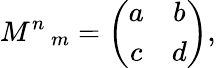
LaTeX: M^{n}\, _{m}=\left(\begin{array}{cc}{{a}}&{{b}}\\ {{c}}&{{d}}\end{array}\right),